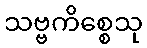
သဗ္ဗကိစ္စေသု